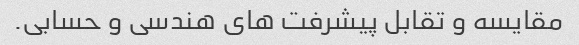
مقایسه و تقابل پیشرفت های هندسی و حسابی.